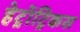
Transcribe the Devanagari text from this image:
हेट्रॉट्रिकस